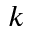
k